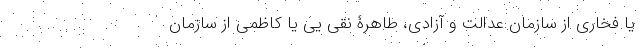
یا فخاری از سازمان عدالت و آزادی، طاهرۀ نقی یی یا کاظمی از سازمان